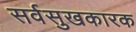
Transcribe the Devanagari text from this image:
सर्वसुखकारक